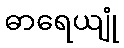
ဓာရေယျုံ